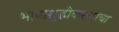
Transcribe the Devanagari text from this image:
भाषाशुद्धीकरणाचा